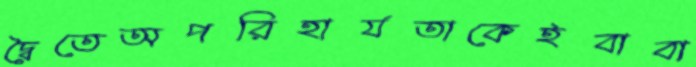
দ্বৈতেঅপরিহার্যতাকেইবাবা